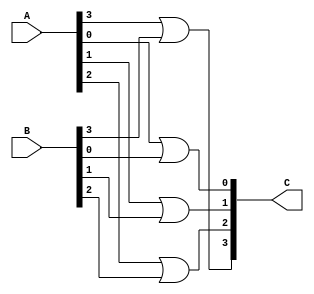
module MyOr2b4(
    input wire [3:0] A,
    input wire [3:0] B,
    output wire [3:0] C
);

    assign C[0] = A[0] | B[0];
    assign C[1] = A[1] | B[1];
    assign C[2] = A[2] | B[2];
    assign C[3] = A[3] | B[3];

endmodule